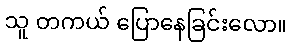
သူ တကယ် ပြောနေခြင်းလော။